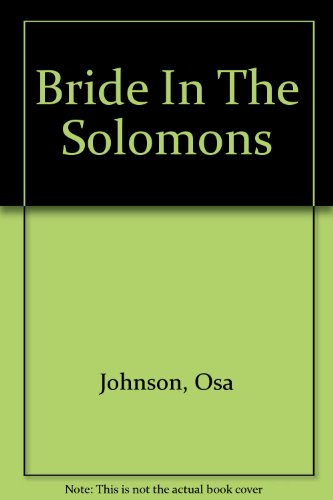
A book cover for Bride in the Solomons; Osa Johnson; Travel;